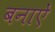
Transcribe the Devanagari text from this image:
बनाऐं